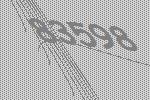
83598